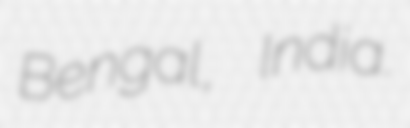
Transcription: Bengal, India.